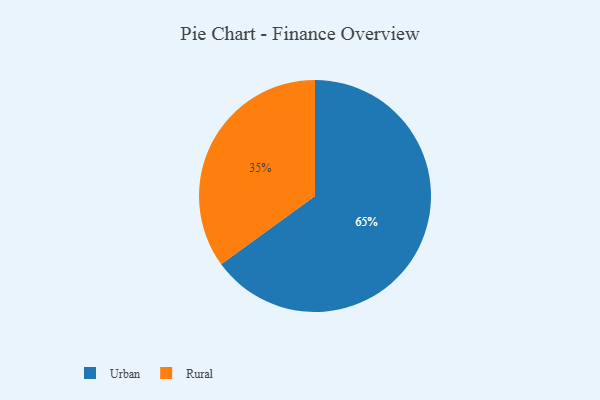
{"axis": {"x": "Category", "y": "Percentage"}, "legend": ["Rural", "Urban"], "data": [{"x": "Rural", "y": 35, "type": "Rural"}, {"x": "Urban", "y": 65, "type": "Urban"}]}